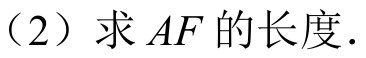
（2）求\(AF\)的长度.